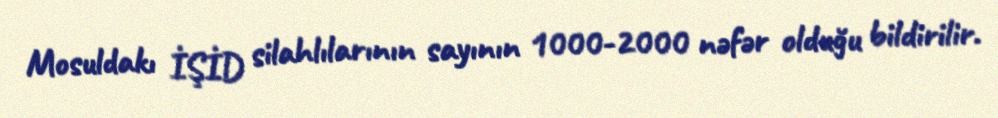
Mosuldakı İŞİD silahlılarının sayının 1000-2000 nəfər olduğu bildirilir.